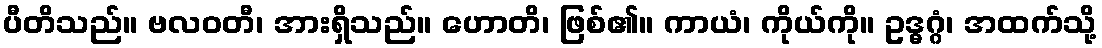
ပီတိသည်။ ဗလဝတီ၊ အားရှိသည်။ ဟောတိ၊ ဖြစ်၏။ ကာယံ၊ ကိုယ်ကို။ ဥဒ္ဓဂ္ဂံ၊ အထက်သို့